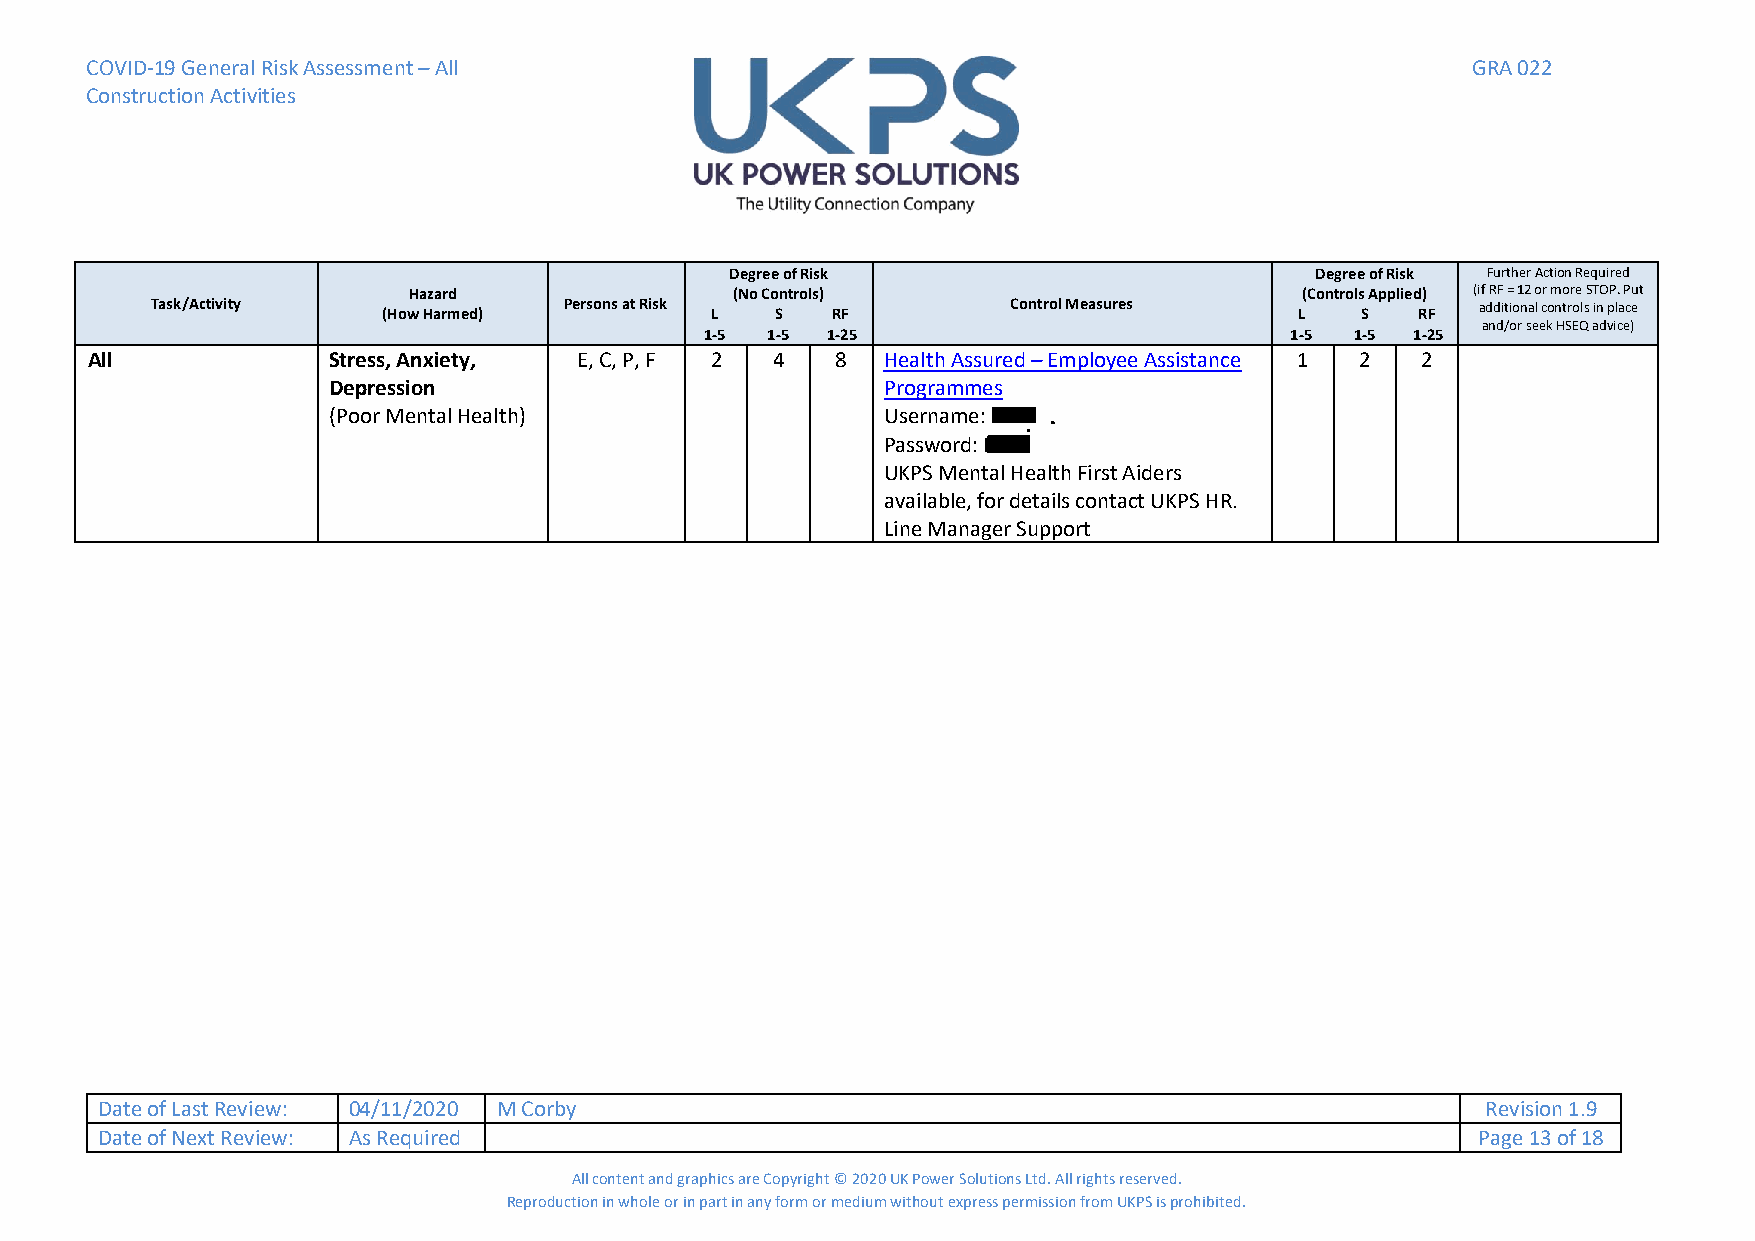
COVID-19 General Risk Assessment – All                                                     GRA 022
 Construction Activities
 Degree of Risk                         Degree of Risk Further Action Required
 Hazard               (No Controls)                         (Controls Applied) (if RF = 12 or more STOP. Put
 Task/Activity  (How Harmed) Persons at Risk L S RF       Control Measures   L   S   RF  additional controls in place
 and/or seek HSEQ advice)
 1-5 1-5 1-25                          1-5  1-5 1-25
 All             Stress, Anxiety, E, C, P, F 2 4  8  Health Assured – Employee Assistance 1 2 2
 Depression                          Programmes
 (Poor Mental Health)                Username: LAST
 Password: MILE
 UKPS Mental Health First Aiders
 available, for details contact UKPS HR.
 Line Manager Support
 Date of Last Review: 04/11/2020 M Corby                                                     Revision 1.9
 Date of Next Review: As Required                                                            Page 13 of 18
 All content and graphics are Copyright © 2020 UK Power Solutions Ltd. All rights reserved.
 Reproduction in whole or in part in any form or medium without express permission from UKPS is prohibited.